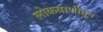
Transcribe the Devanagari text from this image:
लोकवाणीतून